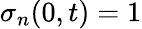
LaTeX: \sigma_{n}(0,t)=1